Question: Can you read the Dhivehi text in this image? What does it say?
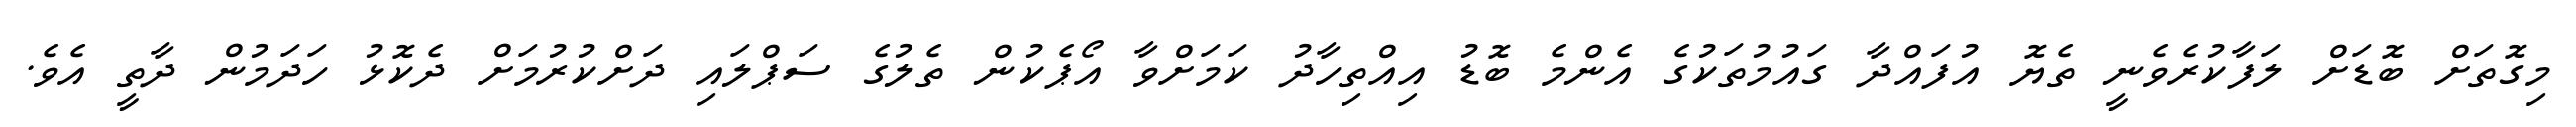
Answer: މިގޮތަށް ބޮޑަށް ލަފާކުރެވެނީ ތެޔޮ އުފައްދާ ގައުމުތަކުގެ އެންމެ ބޮޑު އިއްތިހާދު ކަމަށްވާ އޯޕެކުން ތެލުގެ ސަޕްލައި ދަށްކުރުމަށް ދެކޮޅު ހަދަމުން ދާތީ އެވެ.